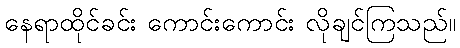
နေရာထိုင်ခင်း ကောင်းကောင်း လိုချင်ကြသည်။